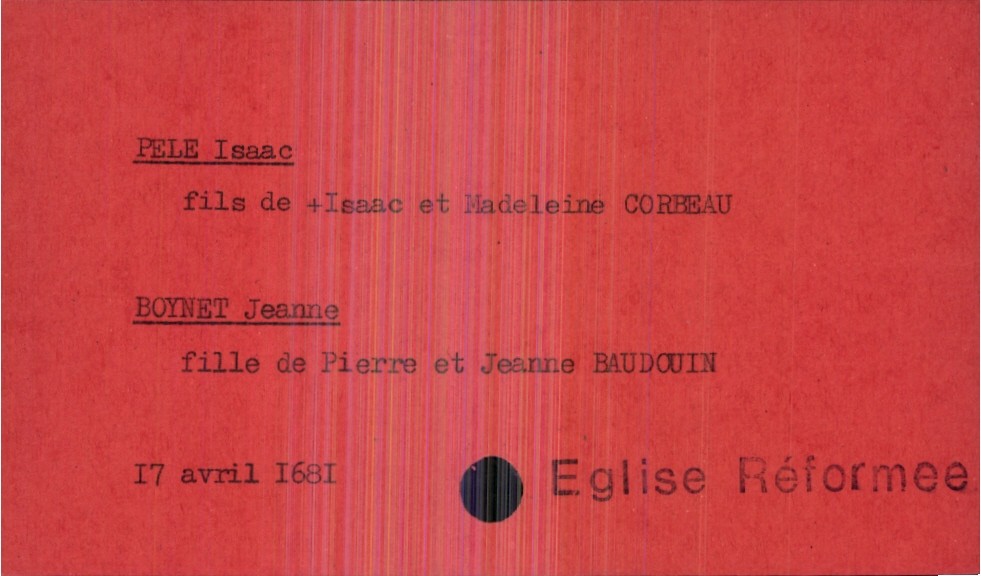
type_acte: Mariage
année: 1681
mois: avril
jour: 17
observations: Eglise Réformee
marié_nom: Pele
marié_prénom: Isaac
père_marié_nom: Pele
père_marié_prénom: Isaac
père_marié_statut: décédé
mère_marié_nom: Corbeau
mère_marié_prénom: Madeleine
mariée_nom: Boynet
mariée_prénom: Jeanne
père_mariée_nom: Boynet
père_mariée_prénom: Pierre
mère_mariée_nom: Baudouin
mère_mariée_prénom: Jeanne